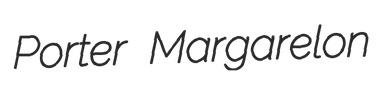
Porter Margarelon